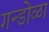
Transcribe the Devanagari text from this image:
गन्डोळा